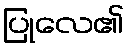
ပြုလေ၏